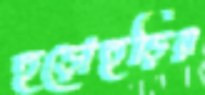
হুড়োহুড়ির